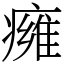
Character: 㿈